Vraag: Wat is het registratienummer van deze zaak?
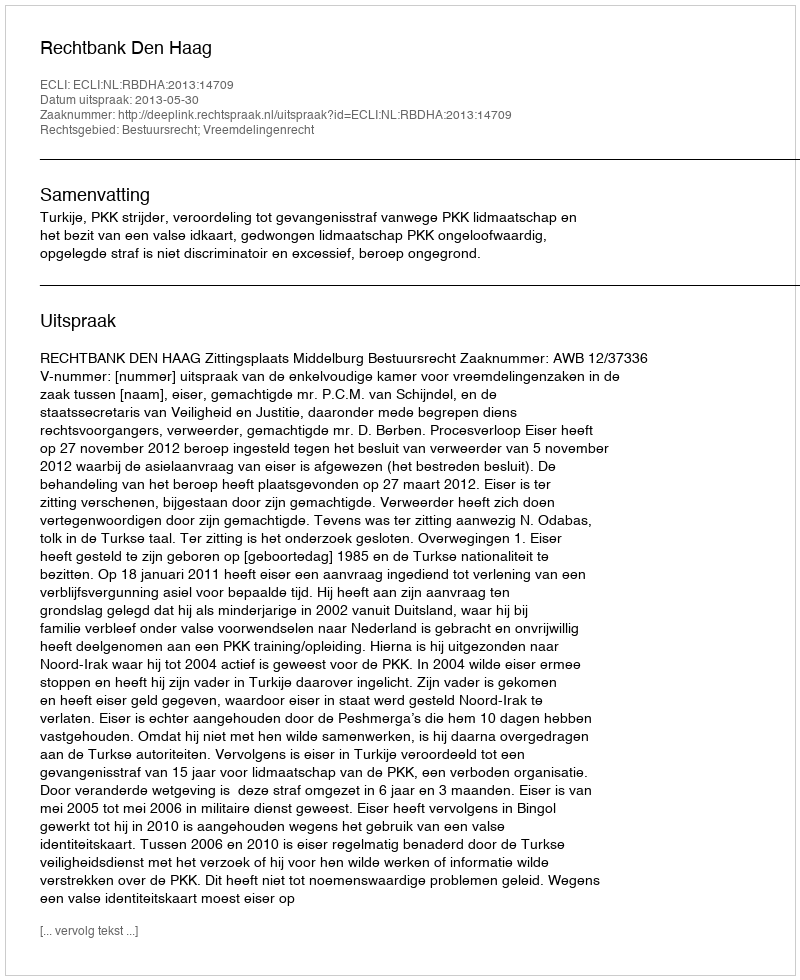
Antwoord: http://deeplink.rechtspraak.nl/uitspraak?id=ECLI:NL:RBDHA:2013:14709